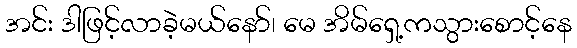
အင်း ဒါဖြင့်လာခဲ့မယ်နော်၊ မေ အိမ်ရှေ့ကသွားစောင့်နေ